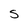
Character: S